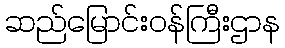
ဆည်မြောင်းဝန်ကြီးဌာန